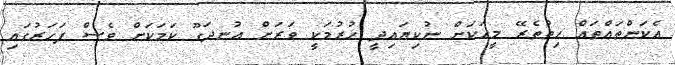
އެކަންތައްތައް ހިތުތެރޭ މީހަކަށް ނުކިޔައިދީ ހުރުމަކީ ވަރަށް އުނދަގޫ ކަމަކަށް ވެސް ފަހަރުގައި